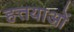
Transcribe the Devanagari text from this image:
हत्तयाओं